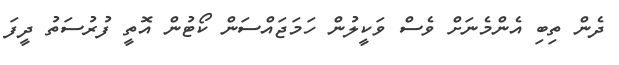
ދެން ތިބި އެންމެނަށް ވެސް ވަކީލުން ހަމަޖައްސަން ކޯޓުން އޮތީ ފުރުސަތު ދީފަ